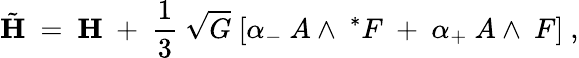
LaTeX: {\tilde{\mathbf H}}~=~{\mathbf H}~+~\frac 13~\sqrt{G}~[\alpha_{-}~A\wedge~^{*}F~+~\alpha_{+}~A\wedge~F]~,